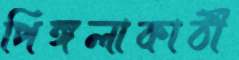
পিঙ্গলাকাঠী